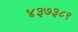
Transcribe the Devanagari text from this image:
४३७३८९